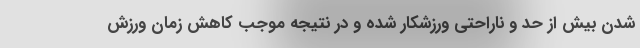
شدن بیش از حد و ناراحتی ورزشکار شده و در نتیجه موجب کاهش زمان ورزش